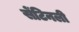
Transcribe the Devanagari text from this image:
सेंटिनली